Insane asylums in Bengal annual reports 1867-1875 - 1867-1875
Year: 1867
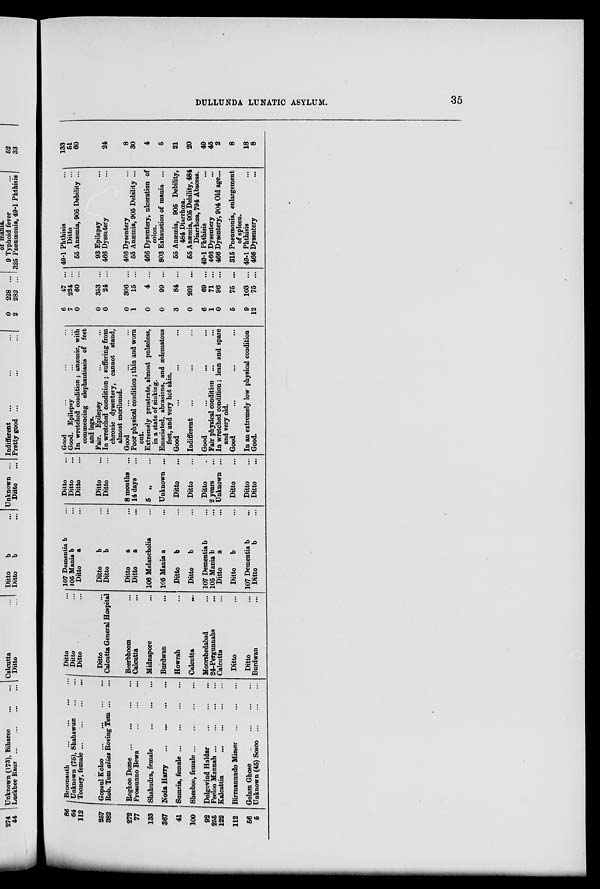
DULLUNDA LUNATIC ASYLUM
86
64
112
257
382
272
77
133
367
41
100
92
255
122
112
56
5
Broonauth
...
...
...
...
Unknown (75), Shahawun
...
...
Tooney, female
...
...
...
...
Gopaul Koloo
...
...
...
...
Rob. Tom alias Roving Tom
...
...
Roghoo Dome
...
...
...
...
Prossunno Bewa ... ... ...
Shahudra, female
...
...
...
Noda Harry
...
...
...
...
Sumria, female
...
...
...
...
Sheeboo, female
...
...
...
...
Dolgovind Haldar
...
...
...
Peeloo Mannah
...
...
...
...
Kalcattia
...
...
...
...
Birrnanundo Misser
...
...
...
Golam Ghose ... ... ...
Unknown (45) Sosoo ... ... ...
Ditto ...
Ditto ...
Ditto ...
Ditto ...
Calcutta General Hospital
Beerbhoom ...
Calcutta ...
Midnapore ...
Burdwan ...
Howrah ...
Calcutta
...
Moorshedabad ...
24-Pergunnahs ...
Calcutta ...
Ditto ...
Ditto ...
Bordwan ...
107 Dementia b ...
105 Mania b ...
Ditto
a ...
Ditto
b ...
Ditto
b ...
Ditto
a ...
Ditto
a ...
106 Melancholia ...
105 Mania a ...
Ditto
b ...
Ditto
b ...
107 Dementia b ...
105 Mania b ...
Ditto
a ...
Ditto
b ...
107 Dementia b ...
Ditto
b ...
Ditto ...
Ditto ...
Ditto ...
Ditto ...
Ditto ...
8 months ...
14 days ...
5 „ ...
Unknown ...
Ditto ...
Ditto ...
Ditto ...
2 years ...
Unknown ...
Ditto ...
Ditto ...
Ditto ...
Good ... ... ...
Good. Epilepsy ... ...
In wretched condition ; anæmic, with
commencing elephantiasis of feet
and legs.
Fair. Epilepsy ... ...
In wretched condition ; suffering from
chronic dysentery, cannot stand,
almost moribund.
Good ... ... ...
Poor physical condition; thin and worn
out.
Extremely prostrate, almost pulseless,
in a state of sinking.
Emaciated, abrasions, and ædematous
feet, and very hot skin.
Good ... ... ...
Indifferent ... ... ...
Good ... ... ...
Fair physical condition ... ...
In wretched condition; lean and spare
and very old.
Good ... ... ...
In an extremely low physical condition
Good.
6
7
0
0
0
0
1
0
0
3
0
6
1
0
5
9
12
47 ...
224 ...
60 ...
353 ...
24 ...
306 ...
15 ...
4 ...
99 ...
84 ...
201 ...
69 ...
71 ...
96 ...
75 ...
103 ...
75 ...
49-1 Phthisis ...
Ditto ...
55 Anæmia, 905 Debility ...
93 Epilepsy ...
466 Dysentery ...
466 Dysentery ...
55 Anæmia, 905 Debility ...
466 Dysentery, ulceration of
colon.
803 Exhaustion of mania ...
55 Anæmia, 905 Debility,
484 Diarrhœa.
65 Anæmia, 905 Debility, 484
Diarrhœa, 794 Abscess.
49-1 Phthisis ...
466 Dysentery ...
466 Dysentery, 904 Old age...
315 Pneumonia, enlargement
of spleen.
49-1 Phthisis ...
466 Dysentery ...
133
51
60
24
8
30
4
5
21
20
49
45
2
8
18
8